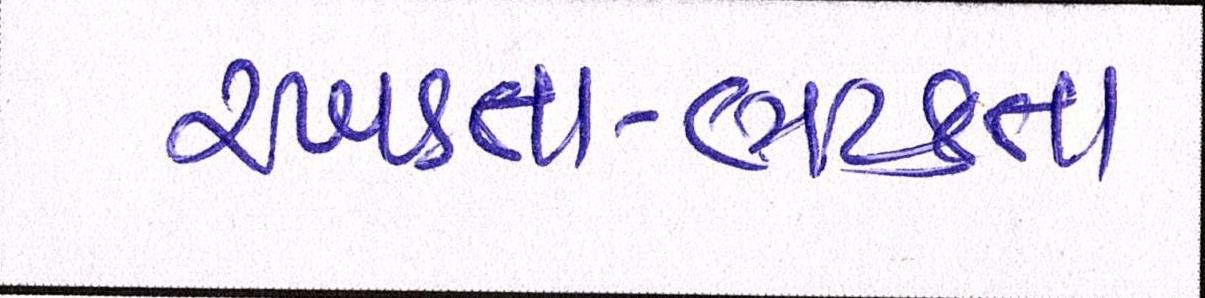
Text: રખડતા-ભટકતા